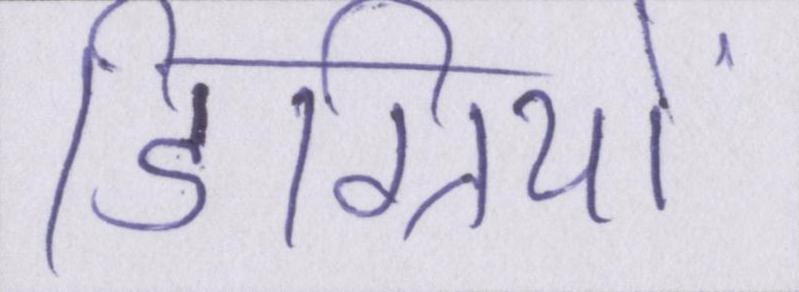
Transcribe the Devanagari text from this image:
डिग्रियों